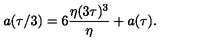
a ( \tau / 3 ) = 6 { \frac { \eta ( 3 \tau ) ^ { 3 } } { \eta } } + a ( \tau ) .